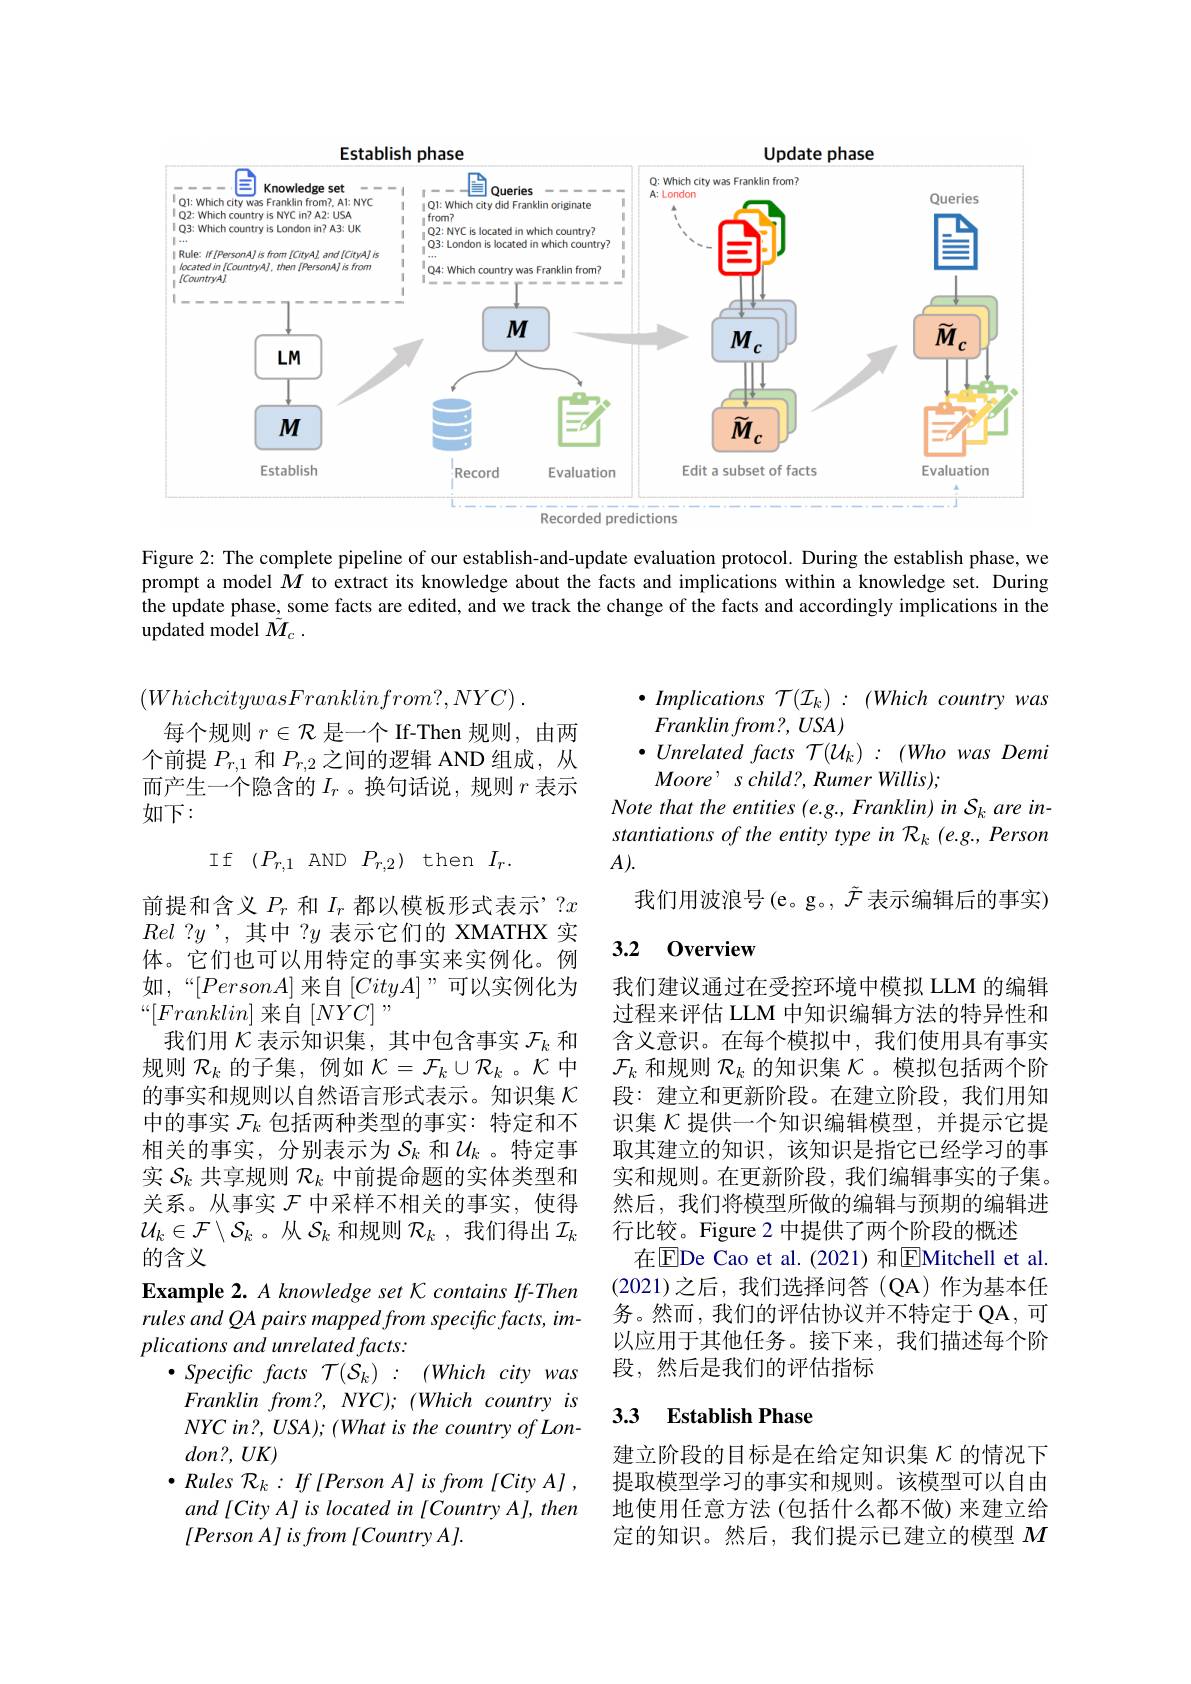
<FigureHere>

Figure 2: The complete pipeline of our establish-and-update evaluation protocol. During the establish phase, we prompt a model $M$ to extract its knowledge about the facts and implications within a knowledge set. During the update phase, some facts are edited, and we track the change of the facts and accordingly implications in the updated model $\tilde{M} _c$ .

$\bullet$ Implications T(Ik) : (Which country was
$Franklinfrom?,USA)$
$\bullet Unrelatedfacts~\mathcal{T}(U_k)~:~(Who~was~Demi$
$Moore’schild?,RumerWillis)$,
Note that the entities (e.g., Franklin) in Sk are instantiations of the entity type in $\mathcal{R}_k$ (e.g., Person $A).$
我们用波浪号(e。g。, $\tilde{\mathcal{F}}$表示编辑后的事实)

### 3.2 0verview

$( WhichcitywasFranklinfrom? , NYC)$ .
每个规则$r\in\mathcal{R}$是一个 If-Then 规则，由两个前提$P_{r,1}$和$P_{r,2}$之间的逻辑 AND 组成，从而产生一个隐含的$I_r$ 。换句话说，规则$r$表示如下：
If $( P_{r, 1}$AND$P_{r,2})$then$I_r.$
前提和含义$P_r$和$I_r$都以模板形式表示’$?x$ Rel ?$y$',其中 ?$y$表示它们的 XMATHX 实体。它们也可以用特定的事实来实例化。例如$,“[PersonA]$来自$[CityA]$”可以实例化为$“[Franklin]$来自$[NYC]”$
我们用$\mathcal{K}$表示知识集，其中包含事实$\mathcal{F}_k$和规则$\mathcal{R}_k$的子集，例如$\mathcal{K}=\mathcal{F}_k\cup\mathcal{R}_k$ 。$\mathcal{K}$中的事实和规则以自然语言形式表示。知识集$\kappa$ 中的事实$\mathcal{F}_k$包括两种类型的事实：特定和不相关的事实，分别表示为$S_k$ 和$\mathcal{U}_k$ 。特定事实$\mathcal{S}_k$共享规则$\mathcal{R}_k$中前提命题的实体类型和关系。从事实$\mathcal{F}$中采样不相关的事实，使得$\mathcal{U}_k\in\mathcal{F}\setminus\mathcal{S}_k$。从$\mathcal{S}_k$和规则$\mathcal{R}_k$ ,我们得出$\mathcal{I}_k$ 的含义
Example 2. A knowledge set K contains If-Then rules and QA pairs mapped from specific facts, implications and unrelated facts:
$\bullet Specific$ facts $\mathcal{T} ( \mathcal{S} _k) :$ $( Which$ city was $Franklinfrom? , NYC) ; ( Which\textit{ country is}$ $NYCin?,USA);(WhatisthecountryofLon-$ $don? $, $UK)$
$\bullet$ Rules ${\mathcal{R} }_{k}:$ $If$ $[ Person$ $A]$ $is$ from $[ City$ $A]$ , and [City A] is located in [Country A], then $\left[PersonA\right]isfrom\left[CountryA\right].$

我们建议通过在受控环境中模拟 LLM 的编辑过程来评估 LLM 中知识编辑方法的特异性和含义意识。在每个模拟中，我们使用具有事实$\mathcal{F}_k$和规则$\mathcal{R}_k$的知识集$\mathcal{K}$ 。模拟包括两个阶段：建立和更新阶段。在建立阶段，我们用知识集$\mathcal{K}$提供一个知识编辑模型，并提示它提取其建立的知识，该知识是指它已经学习的事实和规则。在更新阶段，我们编辑事实的子集。然后，我们将模型所做的编辑与预期的编辑进行比较。Figure 2 中提供了两个阶段的概述
在$\overline{\mathrm{E}}$De Cao et al.(2021)和$\overline{\mathrm{E}}$Mitchell et al. (2021)之后，我们选择问答(QA)作为基本任务。然而，我们的评估协议并不特定于 QA, 可以应用于其他任务。接下来，我们描述每个阶段，然后是我们的评估指标

### 3.3 Establish Phase

建立阶段的目标是在给定知识集$\kappa$的情况下提取模型学习的事实和规则。该模型可以自由地使用任意方法 (包括什么都不做) 来建立给定的知识。然后，我们提示已建立的模型$M$